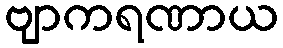
ဗျာကရဏာယ